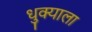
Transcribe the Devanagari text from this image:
धुक्‍याला